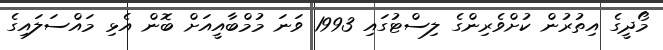
މޯދީގެ އިތުރުން ކުށްވެރިންގެ ލިސްޓުގައި 1993 ވަނަ މުމްބާއީއަށް ބޮން އެޅި މައްސަލައިގެ